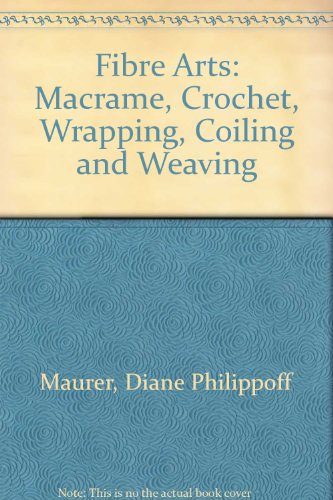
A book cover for Fibre Arts: Macrame, Crochet, Wrapping, Coiling and Weaving (Chilton's creative crafts series); Diane Philippoff Maurer; Crafts, Hobbies & Home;